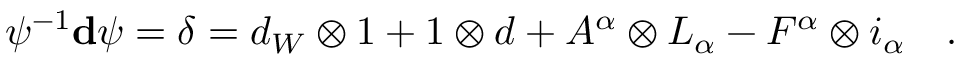
\psi ^ { - 1 } \mathbf { d } \psi = \delta = d _ { W } \otimes 1 + 1 \otimes d + A ^ { \alpha } \otimes L _ { \alpha } - F ^ { \alpha } \otimes i _ { \alpha } \quad .